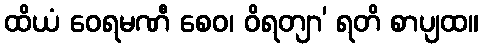
ထိယံ ဝေရမဏီ စေဝ၊ ဝိရတျာ’ ရတိ စာပျထ။